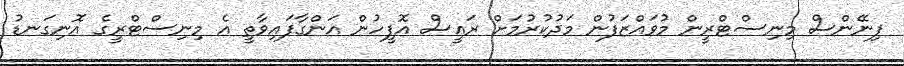
ފިނޭންސް މިނިސްޓްރީން މުވައްޒަފުން މަދުކުރުމަށް ރައީސް އޮފީހުން އަންގާފައިވާތީ އެ މިނިސްޓްރީގެ އޮނިގަނޑު